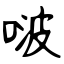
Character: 啵